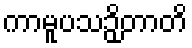
ကာမူပသဉှိတာတိ